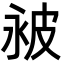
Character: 𬐔